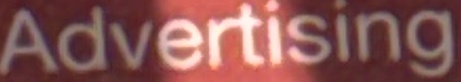
Advertising